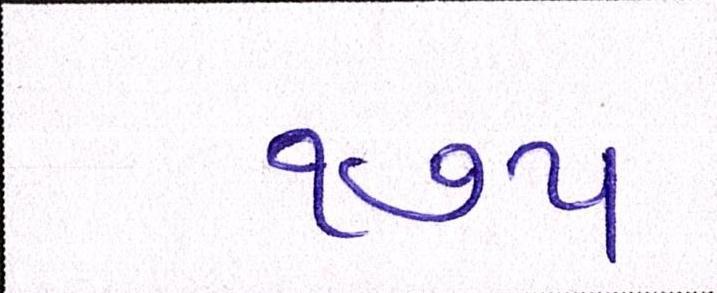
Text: ૧૭૫